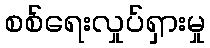
စစ်ရေးလှုပ်ရှားမှု